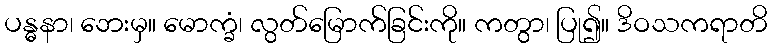
ပန္ဓနာ၊ ဘေးမှ။ မောက္ခံ၊ လွတ်မြောက်ခြင်းကို။ ကတွာ၊ ပြု၍။ ဒိဝသကရာတိ